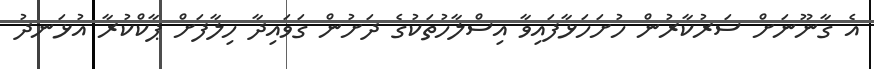
އެ ގާނޫނަށް ސަރުކާރުން ހުށަހަޅާފައިވާ އިސްލާހުތަކުގެ ދަށުން ގަވައިދާ ހިލާފަށް ޕާކްކުރާ އުޅަނދު